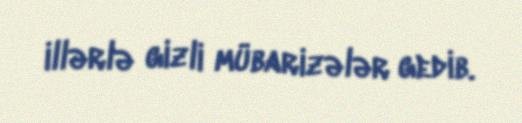
illərlə gizli mübarizələr gedib.